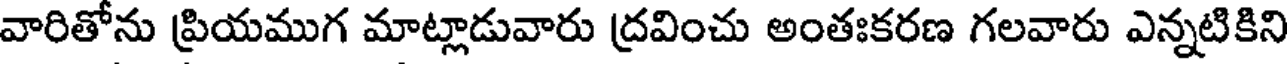
వారితోను ప్రియముగ మాట్లాడువారు ద్రవించు అంతఃకరణ గలవారు ఎన్నటికిని